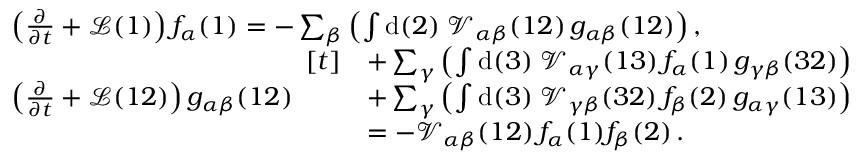
\begin{array} { r l } & { \left( \frac { \partial } { \partial t } + \mathcal { L } ( 1 ) \right) f _ { \alpha } ( 1 ) = - \sum _ { \beta } \left( \int \mathrm { d } ( 2 ) \; \mathcal { V } _ { \alpha \beta } ( 1 2 ) \, g _ { \alpha \beta } ( 1 2 ) \right) , } \\ & { \left( \frac { \partial } { \partial t } + \mathcal { L } ( 1 2 ) \right) g _ { \alpha \beta } ( 1 2 ) \begin{array} { r l } { [ t ] } & { + \sum _ { \gamma } \left( \int \mathrm { d } ( 3 ) \; \mathcal { V } _ { \alpha \gamma } ( 1 3 ) \, f _ { \alpha } ( 1 ) \, g _ { \gamma \beta } ( 3 2 ) \right) } \\ & { + \sum _ { \gamma } \left( \int \mathrm { d } ( 3 ) \; \mathcal { V } _ { \gamma \beta } ( 3 2 ) \, f _ { \beta } ( 2 ) \, g _ { \alpha \gamma } ( 1 3 ) \right) } \\ & { = - \mathcal { V } _ { \alpha \beta } ( 1 2 ) \, f _ { \alpha } ( 1 ) f _ { \beta } ( 2 ) \, . } \end{array} } \end{array}